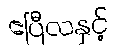
ဧပြီလနှင့်